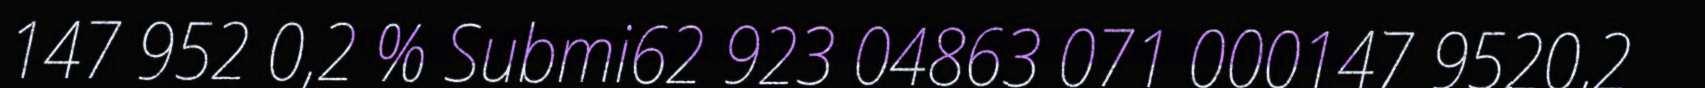
147 952 0,2 % Submi62 923 04863 071 000147 9520,2